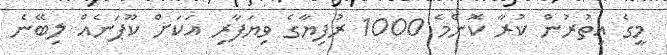
މީގެ އިތުރުން ކުރާ ކޮންމެ 1000 ރުފިޔާގެ ވިޔަފާރި އަކަށް ކޫޕަނެއް ލިބޭނެ